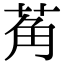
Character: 𬜲